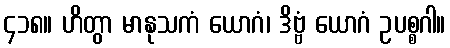
၄၁၈။ ဟိတွာ မာနုသကံ ယောဂံ၊ ဒိဗ္ဗံ ယောဂံ ဥပစ္စဂါ။